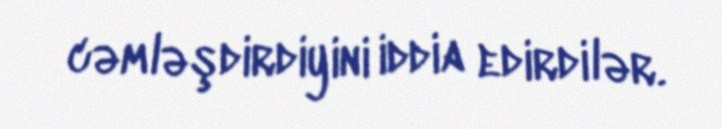
cəmləşdirdiyini iddia edirdilər.